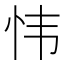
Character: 𫹴